Report on vaccination in the Province of Bengal - 1869-1873
Year: 1869
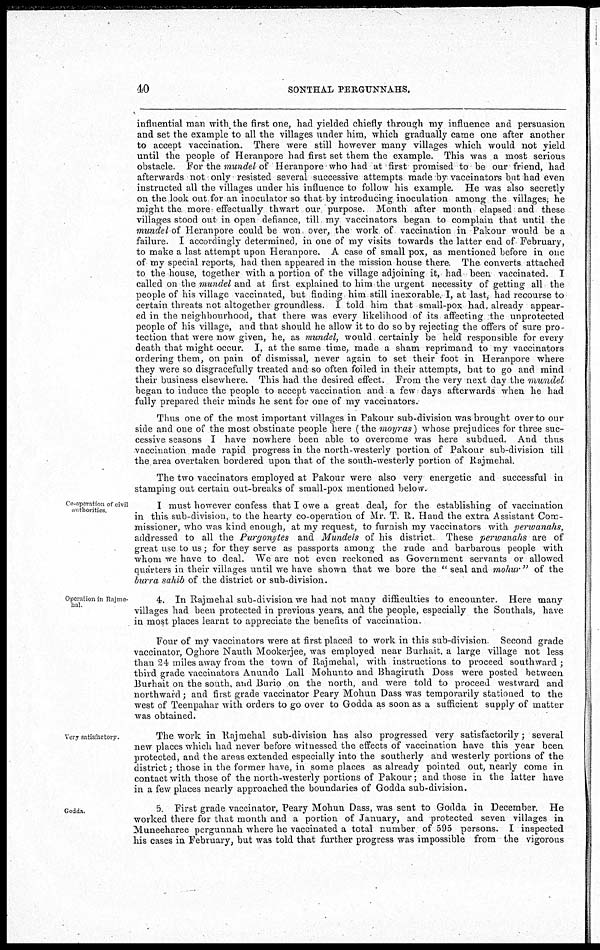
40
SONTHAL PERGUNNAHS.
influential man with the first one, had yielded chiefly through my influence and persuasion
and set the example to all the villages under him, which gradually came one after another
to accept vaccination. There were still however many villages which would not yield
until the people of Heranpore had first set them the example. This was a most serious
obstacle. For the mundel of Heranpore who had at first promised to be our friend, had
afterwards not only resisted several successive attempts made by vaccinators but had even
instructed all the villages under his influence to follow his example. He was also secretly
on the look out for an inoculator so that by introducing inoculation among the villages; he
might the more effectually thwart our purpose. Month after month elapsed and these
villages stood out in open defiance, till my vaccinators began to complain that until the
mundel of Heranpore could be won, over, the work of vaccination in Pakour would be a
failure. I accordingly determined in one of my visits towards the latter end of February,
to make a last attempt upon Heranpore. A case of small pox, as mentioned before in one
of my special reports, had then appeared in the mission house there. The converts attached
to the house, together with a portion of the village adjoining it, had been, vaccinated. I
called on the mundel and at first explained to him the urgent necessity of getting all the
people of his village vaccinated, but finding him still inexorable. I, at last, had recourse to
certain threats not altogether groundless. I told him that small-pox had, already appear-
ed in the neighbourhood, that there was every likelihood of its affecting the unprotected
people of his village, and that should he allow it to do so by rejecting the offers of sure pro-
tection that were now given, he, as mundel, would certainly be held responsible for every
death that might occur. I, at the same time, made a sham reprimand to my vaccinators
ordering them, on pain of dismissal, never again to set their foot in Heranpore where
they were so disgracefully treated and so often forled in their attempts, but to go and mind
their business elsewhere. This had the desired effect. From the very next day the mundel
began to induce the people to accept vaccination and a few days afterwards when he had
fully prepared their minds he sent for one of my vaccinators.
Thus one of the most important villages in Pakour sub-division was brought over to our
side and one of the most obstinate people here (the moyras) whose prejudices for three suc-
cessive seasons I have nowhere been able to overcome was here subdued. And thus
vaccination made rapid progress in the north-westerly portion of Pakour sub-division till
the area overtaken bordered upon that of the south-westerly portion of Rajmehal.
The two vaccinators employed at Pakour were also very energetic and successful in
stamping out certain out-breaks of small-pox mentioned below.
Co-operation of civil
authorities
I must however confess that I owe a great deal, for the establishing of vaccination
in this sub-division, to the hearty co-operation of Mr. T. R. Hand the extra Assistant Com-
missioner, who was kind enough, at my request, to furnish my vaccinators with perwanahs,
addressed to all the Purgonytes and Mundels of his district These perwanahs are of
great use to us; for they serve as passports among the rude and barbarous people with
whom we have to deal. We are not even reckoned as Government servants or allowed
quarters in their villages until we have shown that we bore the " seal and mohur " of the
burra sahib of the district or sub-division.
Operation in Rajme-
hal
4. In Rajmehal sub-division we had not many difficulties to encounter. Here many
villages had been protected in previous years, and the people, especially the Sonthals, have
in most places learnt to appreciate the benefits of vaccination.
Four of my vaccinators were at first placed to work in this sub-division Second grade
vaccinator, Oghore Nauth Mookerjee, was employed near Burhart, a large village not less
than 24 miles away from the town of Rajmehal, with instructions to proceed southward;
third grade vaccinators Anundo Lall Mohunto and Bhagiruth Doss were posted between
Burhait on the south, and Burio on the north, and were told to proceed westward and
northward; and first grade vaccinator Peary Mohun Dass was temporarily stationed to the
west of Teenpahar with orders to go over to Godda as soon as a sufficient supply of matter
was obtained.
Very satisfactory.
The work in Rajmehal sub-division has also progressed very satisfactorily; several
new places which had never before witnessed the effects of vaccination have this year been
protected, and the areas extended especially into the southerly and westerly portions of the
district; those in the former have, in some places as already pointed out, nearly come in
contact with those of the north-westerly portions of Pakour; and those in the latter have
in a few places nearly approached the boundaries of Godda sub-division.
Godda.
5. First grade vaccinator, Peary Mohun Dass, was sent to Godda in December. He
worked there for that month and a portion of January, and protected seven villages in
Muneeharee pergunnah where he vaccinated a total number of 595 persons. I inspected
his cases in February, but was told that further progress was impossible from the vigorous